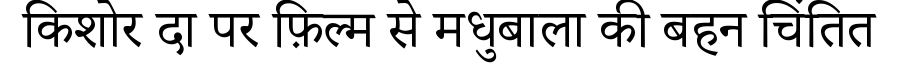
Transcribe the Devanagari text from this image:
किशोर दा पर फ़िल्म से मधुबाला की बहन चिंतित